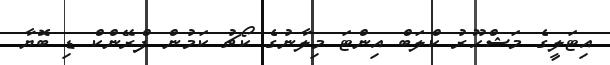
އިޓަލީގެ މަޝްހޫރު ކްލަބް އިންޓަ މިލާނުގެ ކޯޗު ކަމުން ފްރޭންކް ޑި ބޮޔާ